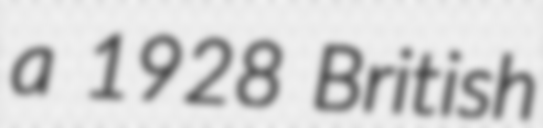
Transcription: a 1928 British